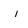
Character: i